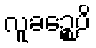
လူခဉ္စေပိ